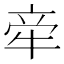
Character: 𬌟